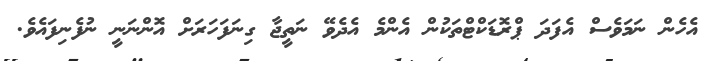
އެހެން ނަމަވެސް އެފަދަ ޕްރޮޑަކްޓްތަކުން އެންމެ އެދެވޭ ނަތީޖާ ގިނަފަހަރަށް އޮންނަނީ ނުފެނިފައެވެ.